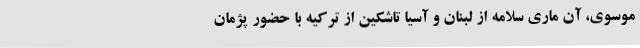
موسوی، آن ماری سلامه از لبنان و آسیا تاشکین از ترکیه با حضور پژمان